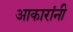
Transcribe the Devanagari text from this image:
आकारांनी